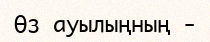
Өз ауылыңның -